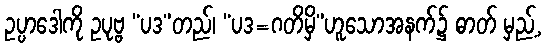
ဥပ္ပာဒေါကို ဥပုဗ္ဗ “ပဒ”တည်၊ “ပဒ=ဂတိမှိ”ဟူသောအနက်၌ ဓာတ် မှည့်,